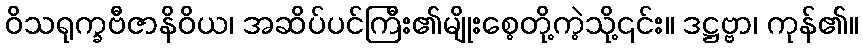
ဝိသရုက္ခဗီဇာနိဝိယ၊ အဆိပ်ပင်ကြီး၏မျိုးစေ့တို့ကဲ့သို့၎င်း။ ဒဋ္ဌဗ္ဗာ၊ ကုန်၏။